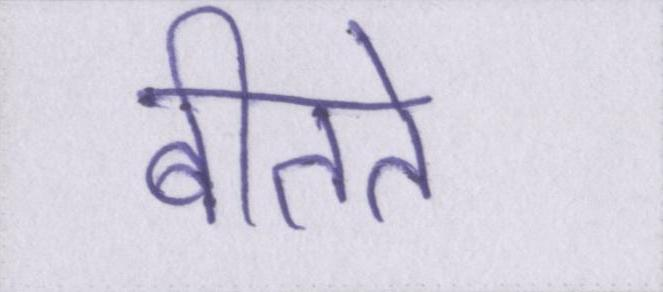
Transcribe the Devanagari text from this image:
बीतते